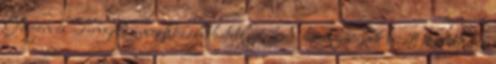
Gerjen és Tengelic megközelíthetetlen. A hóátfúvások miatt továbbra is